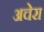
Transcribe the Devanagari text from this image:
अचेरा